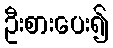
ဦးစားပေး၍